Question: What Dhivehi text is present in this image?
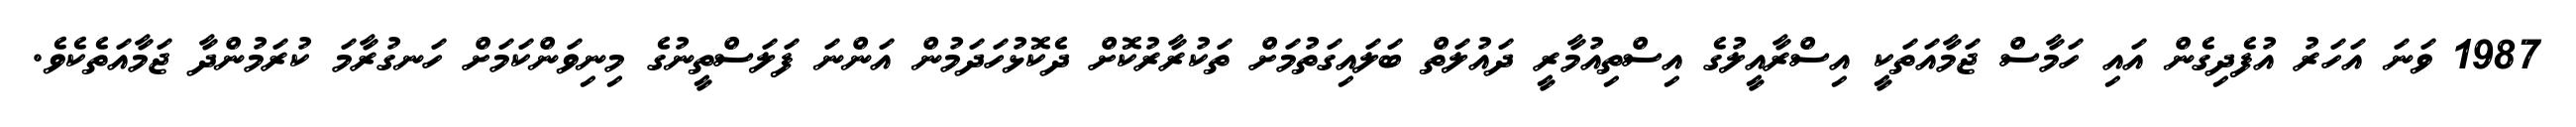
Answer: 1987 ވަނަ އަހަރު އުފެދިގެން އައި ހަމާސް ޖަމާއަތަކީ އިސްރާއީލުގެ އިސްތިއުމާރީ ދައުލަތް ބަލައިގަތުމަށް ތަކުރާރުކޮށް ދެކޮޅުހަދަމުން އަންނަ ފަލަސްތީނުގެ މިނިވަންކަމަށް ހަނގުރާމަ ކުރަމުންދާ ޖަމާއަތެކެވެ.